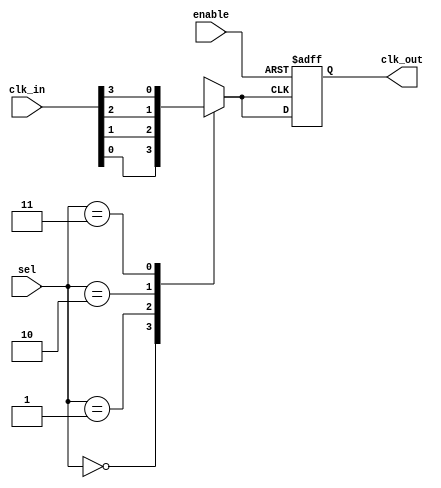
module ClockMultiplexerBuffer #(
    parameter NUM_CLOCKS = 4  // Number of input clocks (C0, C1, C2, ..., Ck)
)(
    input wire [NUM_CLOCKS-1:0] clk_in, // Input clocks
    input wire [$clog2(NUM_CLOCKS)-1:0] sel, // Selection control signal
    input wire enable, // Clock gating control signal
    output reg clk_out // Output clock
);

// Internal signal to hold selected clock
reg selected_clk;

// Clock selection logic
always @(*) begin
    case (sel)
        0: selected_clk = clk_in[0];
        1: selected_clk = clk_in[1];
        2: selected_clk = clk_in[2];
        3: selected_clk = clk_in[3];
        // Add more cases if NUM_CLOCKS > 4
        default: selected_clk = clk_in[0]; // Default case
    endcase
end

// Output buffer stage with clock gating
always @(posedge selected_clk or negedge enable) begin
    if (!enable) begin
        clk_out <= 1'b0; // Disable clock output when enable is low
    end else begin
        clk_out <= selected_clk; // Pass the selected clock to output
    end
end

endmodule